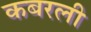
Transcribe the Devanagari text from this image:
कबरली